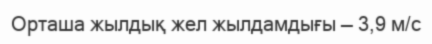
Орташа жылдық жел жылдамдығы — 3,9 м/с